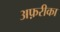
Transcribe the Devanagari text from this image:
अफ़रीका